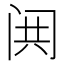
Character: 𬮢